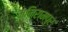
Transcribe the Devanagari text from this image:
मनिरामपुर